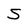
Character: S